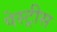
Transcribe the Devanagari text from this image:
पेस्ट्रीस